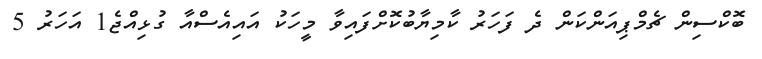
ބޮކްސިން ޗެމްޕިއަންކަން ދެ ފަހަރު ކާމިޔާބުކޮށްފައިވާ މީހަކު އައިއެސްއާ ގުޅިއްޖެ1 އަހަރު 5